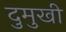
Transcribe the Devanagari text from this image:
दुमुखी